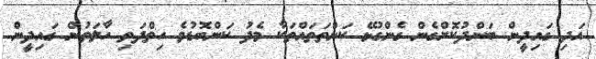
އަދި ގައިދީން ބަންދުކޮށްގެން ގެންގުުޅޭ ކަންތަތައްތަކާ މެދު ކަންބޮޑުވެ ހިތްދަތި ހާލަތުން ގައިދީން